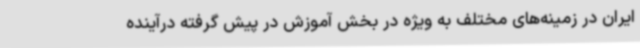
ایران در زمینه‌های مختلف به ویژه در بخش آموزش در پیش گرفته درآینده